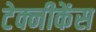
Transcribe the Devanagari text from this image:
टेक्नीकेंस